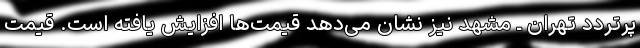
پرتردد تهران ـ مشهد نیز نشان می‌دهد قیمت‌ها افزایش یافته است. قیمت